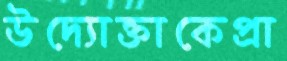
উদ্যোক্তাকেপ্রা